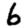
Digit: 6